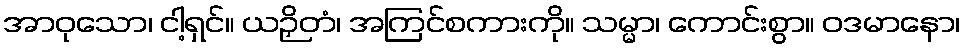
အာဝုသော၊ ငါ့ရှင်။ ယဉှိတံ၊ အကြင်စကားကို။ သမ္မာ၊ ကောင်းစွာ။ ဝဒမာနော၊